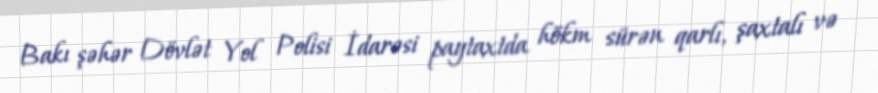
Bakı şəhər Dövlət Yol Polisi İdarəsi paytaxtda hökm sürən qarlı, şaxtalı və